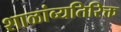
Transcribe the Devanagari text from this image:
शाळांव्यतिरिक्त